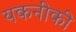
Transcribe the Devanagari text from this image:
यकनीकी